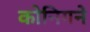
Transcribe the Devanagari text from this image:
कोनिगने